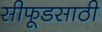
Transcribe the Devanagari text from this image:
सीफूडसाठी